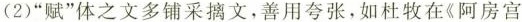
(2)”赋”体之文多铺采搞文，善用夸张，如杜牧在《阿房宫